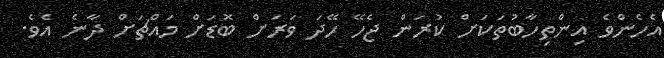
އެހެންވެ އިންތިހާބުތަކަށް ކުރަން ޖެހޭ ހޭދަ ވަރަށް ބޮޑަށް މައްޗަށް ދާނެ އެވެ.